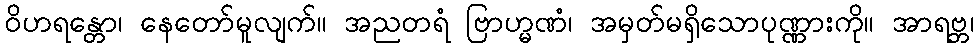
ဝိဟရန္တော၊ နေတော်မူလျက်။ အညတရံ ဗြာဟ္မဏံ၊ အမှတ်မရှိသောပုဏ္ဏားကို။ အာရဗ္ဘ၊